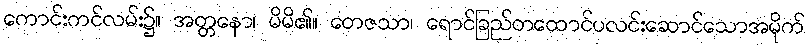
ကောင်းကင်လမ်း၌။ အတ္တနော၊ မိမိ၏။ တေဇသာ၊ ရောင်ခြည်တထောင်ပလင်းဆောင်သောအမိုက်